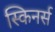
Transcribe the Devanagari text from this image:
स्किनर्स